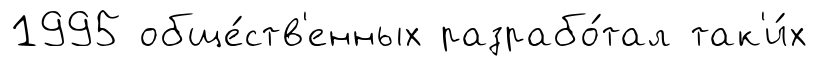
1995 обще́ств'енных разрабо́тал так'и́х